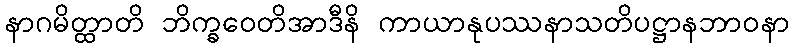
နာဂမိတ္ထာတိ ဘိက္ခဝေတိအာဒီနိ ကာယာနုပဿနာသတိပဋ္ဌာနဘာဝနာ